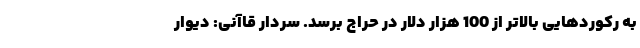
به رکوردهایی بالاتر از 100 هزار دلار در حراج برسد. سردار قاآنی: دیوار